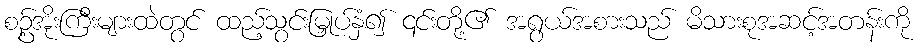
စဥ့်အိုးကြီးများထဲတွင် ထည့်သွင်းမြှုပ်နှံ၍ ၎င်းတို့၏ အရွယ်အစားသည် မိသားစုအဆင့်အတန်းကို